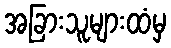
အခြားသူများထံမှ